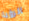
الرؤيا